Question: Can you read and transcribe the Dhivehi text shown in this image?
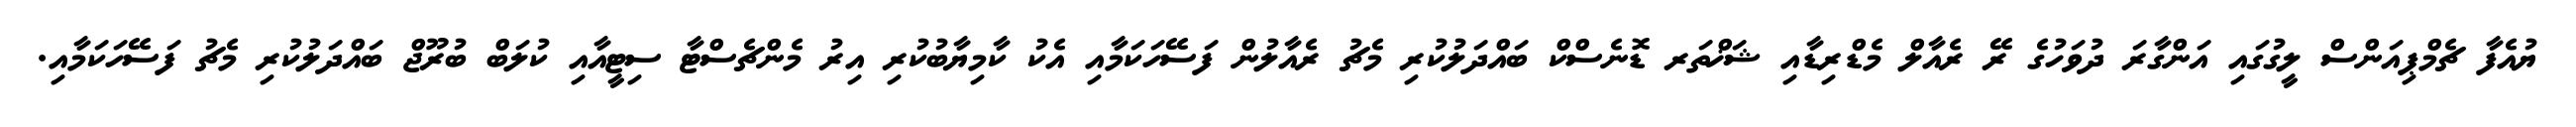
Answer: ޔުއެފާ ޗެމްޕިއަންސް ލީގުގައި އަންގާރަ ދުވަހުގެ ރޭ ރެއާލް މެޑްރިޑާއި ޝަޚްތަރ ޑޮނެސްކް ބައްދަލުކުރި މެޗު ރެއާލުން ފަސޭހަކަމާއި އެކު ކާމިޔާބުކުރި އިރު މެންޗެސްޓާ ސިޓީއާއި ކުލަބް ބުރޫޖް ބައްދަލުކުރި މެޗު ފަސޭހަކަމާއި.